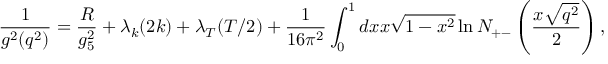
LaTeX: { \frac { 1 } { g ^ { 2 } ( q ^ { 2 } ) } } = { \frac { R } { g _ { 5 } ^ { 2 } } } + \lambda _ { k } ( 2 k ) + \lambda _ { T } ( T / 2 ) + { \frac { 1 } { 1 6 \pi ^ { 2 } } } \int _ { 0 } ^ { 1 } d x x \sqrt { 1 - x ^ { 2 } } \ln N _ { + - } \left( { \frac { x \sqrt { q ^ { 2 } } } { 2 } } \right) ,